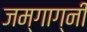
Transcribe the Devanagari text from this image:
जम्गाग्नी